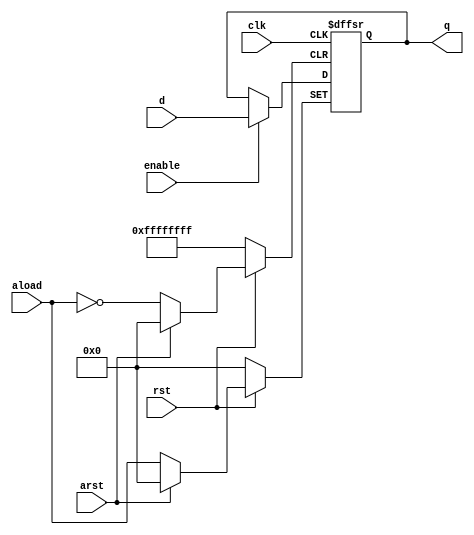
module dffa (d, clk, rst, enable, q, aload, arst); // synopsys template

// Ports : d, q, clk
    parameter N_BITS = 32;
    input [N_BITS - 1: 0] d, aload;
    input clk, rst, enable, arst;
    output [N_BITS - 1: 0] q;
    reg [N_BITS - 1:0] q;

 always @ (posedge clk or negedge rst or negedge arst)
 begin
    if (!rst) q <= {N_BITS{1'b0}};
    else if (!arst) q <= aload;
    else if (enable == 1) q <= d;
   end
 
endmodule